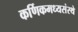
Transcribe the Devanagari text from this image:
कर्णिकमध्यसंस्थे